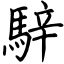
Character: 騂